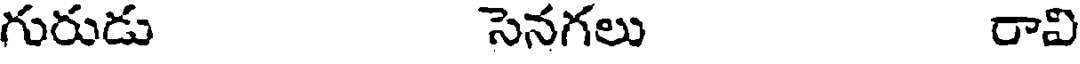
గురుడు సెనగలు రావి